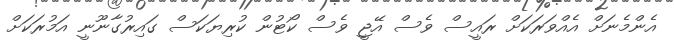
އެންމެނަށް އެއްވަރަކަށް ރައީސް ވެސް އޭޖީ ވެސް ކޯޓުން ކުރިޔަކަސް ގައިރުގާނޫނީ އަމުރަކަށް